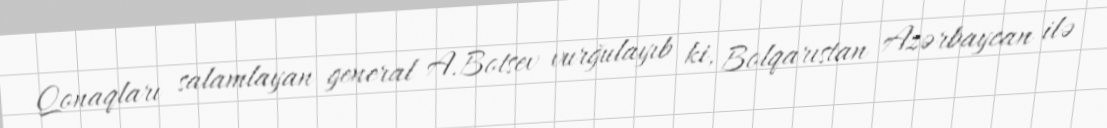
Qonaqları salamlayan general A.Botsev vurğulayıb ki, Bolqarıstan Azərbaycan ilə